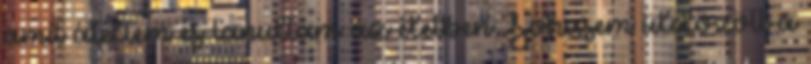
amit átéltem és tanultam az életben Sohasem üldözött a